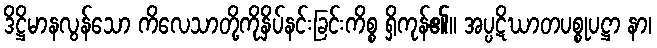
ဒိဋ္ဌိမာနလွန်သော ကိလေသာတို့ကိုနှိပ်နင်းခြင်းကိစ္စ ရှိကုန်၏။ အပ္ပဋိဃာတပစ္စုပဋ္ဌာ နာ၊